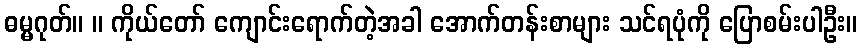
ဓမ္မဂုတ်။ ။ ကိုယ်တော် ကျောင်းရောက်တဲ့အခါ အောက်တန်းစာများ သင်ရပုံကို ပြောစမ်းပါဦး။